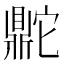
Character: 𬹨